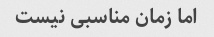
اما زمان مناسبی نیست